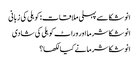
انوشکا سے پہلی ملاقات: کوہلی کی زبانی
انوشکا شرما اور وراٹ کوہلی کی شادی
انوشکا شرما نے کیا لکھا؟